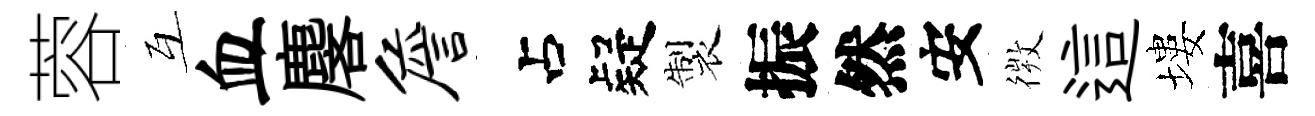
蓉互血麐詹疑製振然安𢕄這塿喜